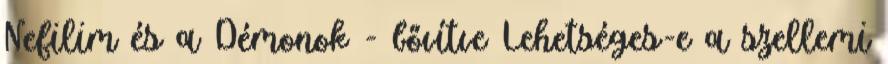
Nefilim és a Démonok - bővítve Lehetséges-e a szellemi